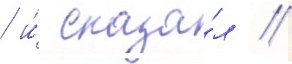
/ и́ сказа́л /